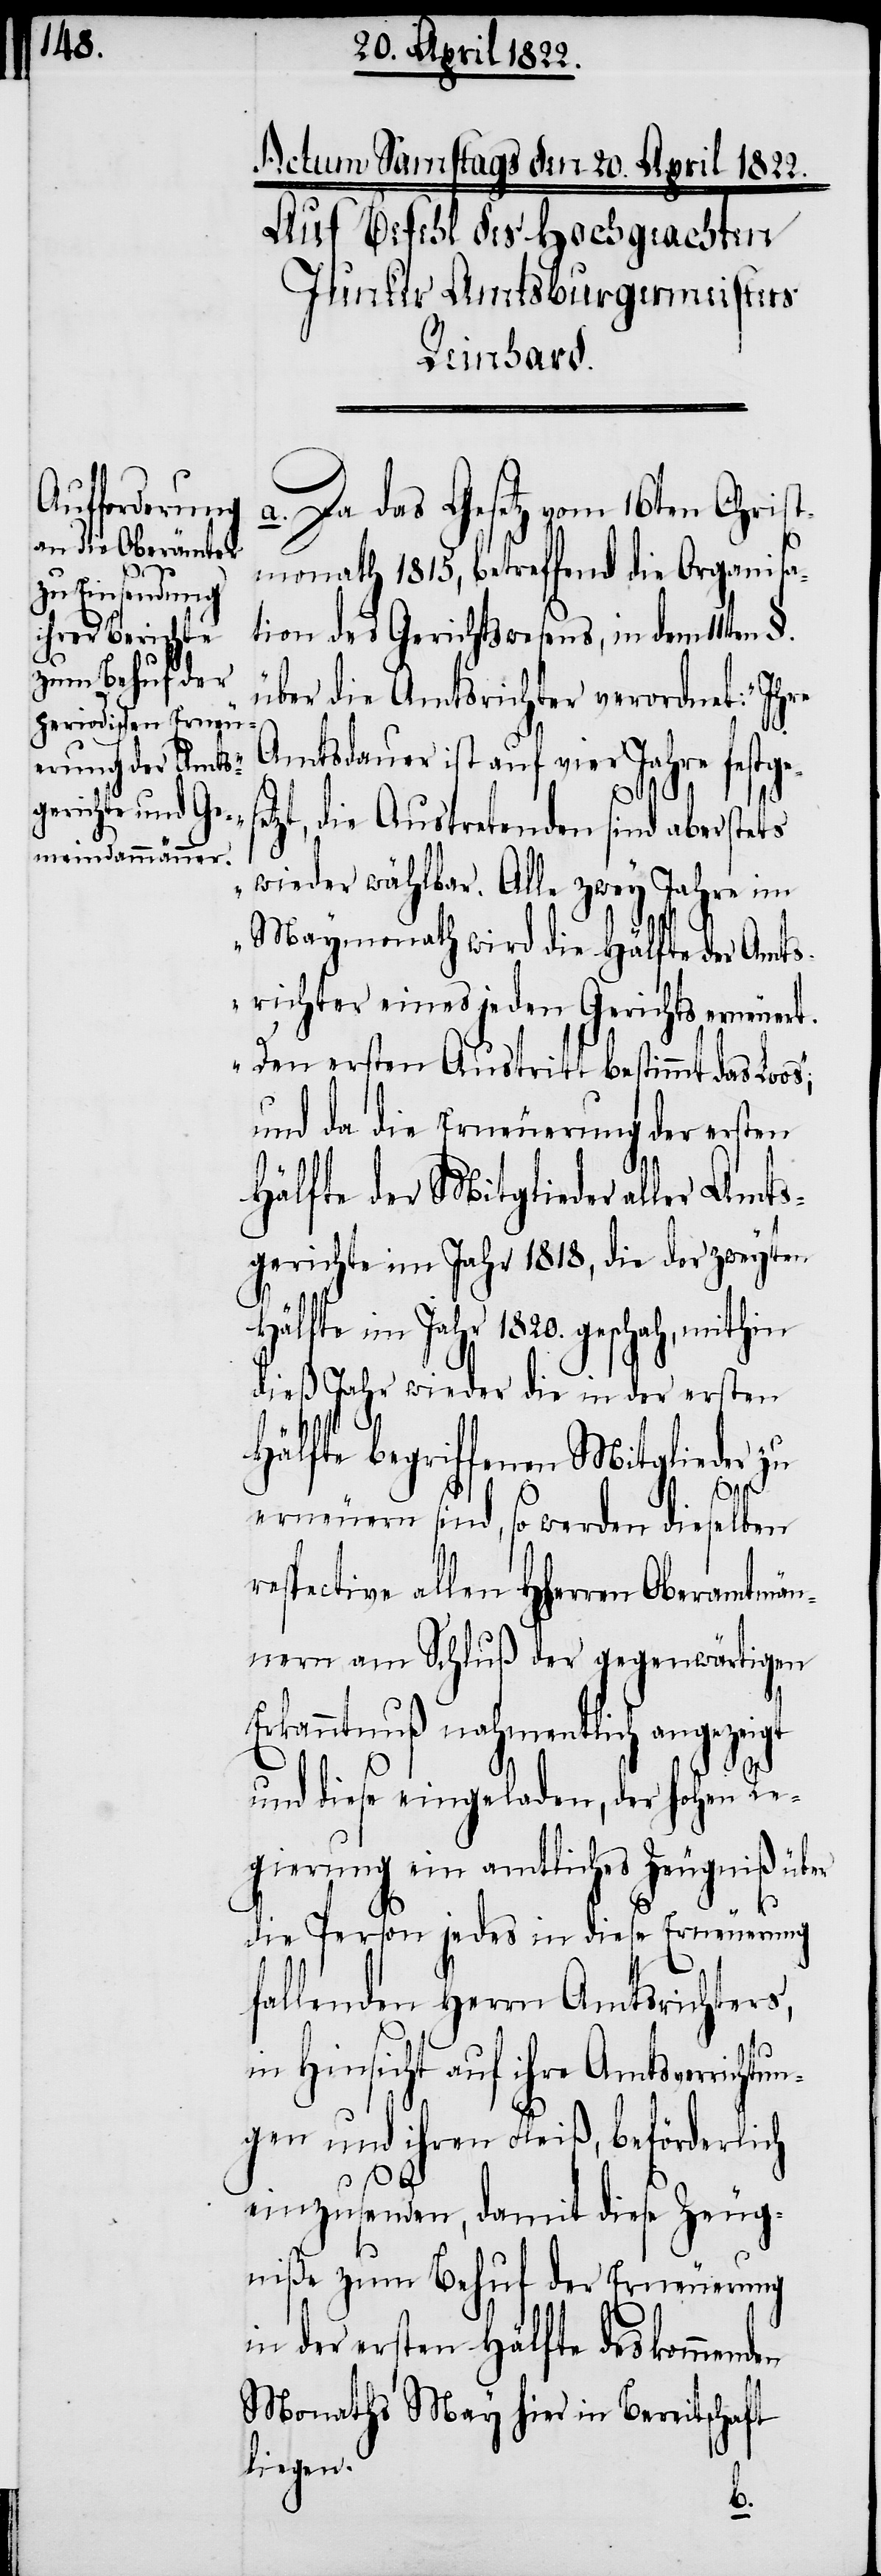
respecti¬

Actum Samstags den 20. April 1822.
Auf Befehl des Hochgeachten
Junker Amtsburgermeisters
Reinhard.
a. Da das Gesetz vom 16ten Christ¬
monath 1815., betreffend die Organisa¬
tion des Gerichtswesens, in dem 11ten
über die Amtsrichter verordnet: „Ihre
Amtsdauer ist auf vier Jahre festge¬
s“;
t, die Austretenden sind aber stets
wieder wählbar. Alle zwey Jahre im
Maymonath wird die Hälfte der Amts¬
richter eines jeden Gerichts erneuert.
Den ersten Austritt bestimmt das Loo¬
und da die Erneuerung der ersten
Hälfte der Mitglieder aller Amts¬
gericht im Jahr 1818, die der zweyten
Hälfte im Jahr 1820. geschah, mithin
dieß Jahr wieder die in der ersten
setz¬
Hälfte begriffenen Mitglieder zu
erneuern sind, so werden dieselben
ve allen HHerren Oberamtmän¬
nern am Schluß der gegenwärtigen
Erkanntnuß nahmentlich angezeigt
und diese eingeladen, der hohen Re¬
gierung ein amtliches Zeugniß über
die Person jedes in diese Erneuerung
fallenden Herrn Amtsrichters,
in Hinsicht auf ihre Amtsverrichtu¬
ngen und ihren Fleiß, beförderlich
einzusenden, damit diese Zeug¬
niße zum Behuf der Erneuerung
in der ersten Hälfte des kommenden
Monaths May hier in Bereitschaft
liegen.